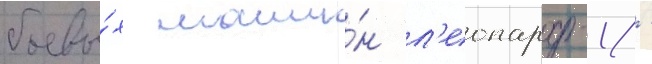
боевы́х маши́н л'еопард-1/ -